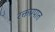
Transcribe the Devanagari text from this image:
रक्तप्रपात